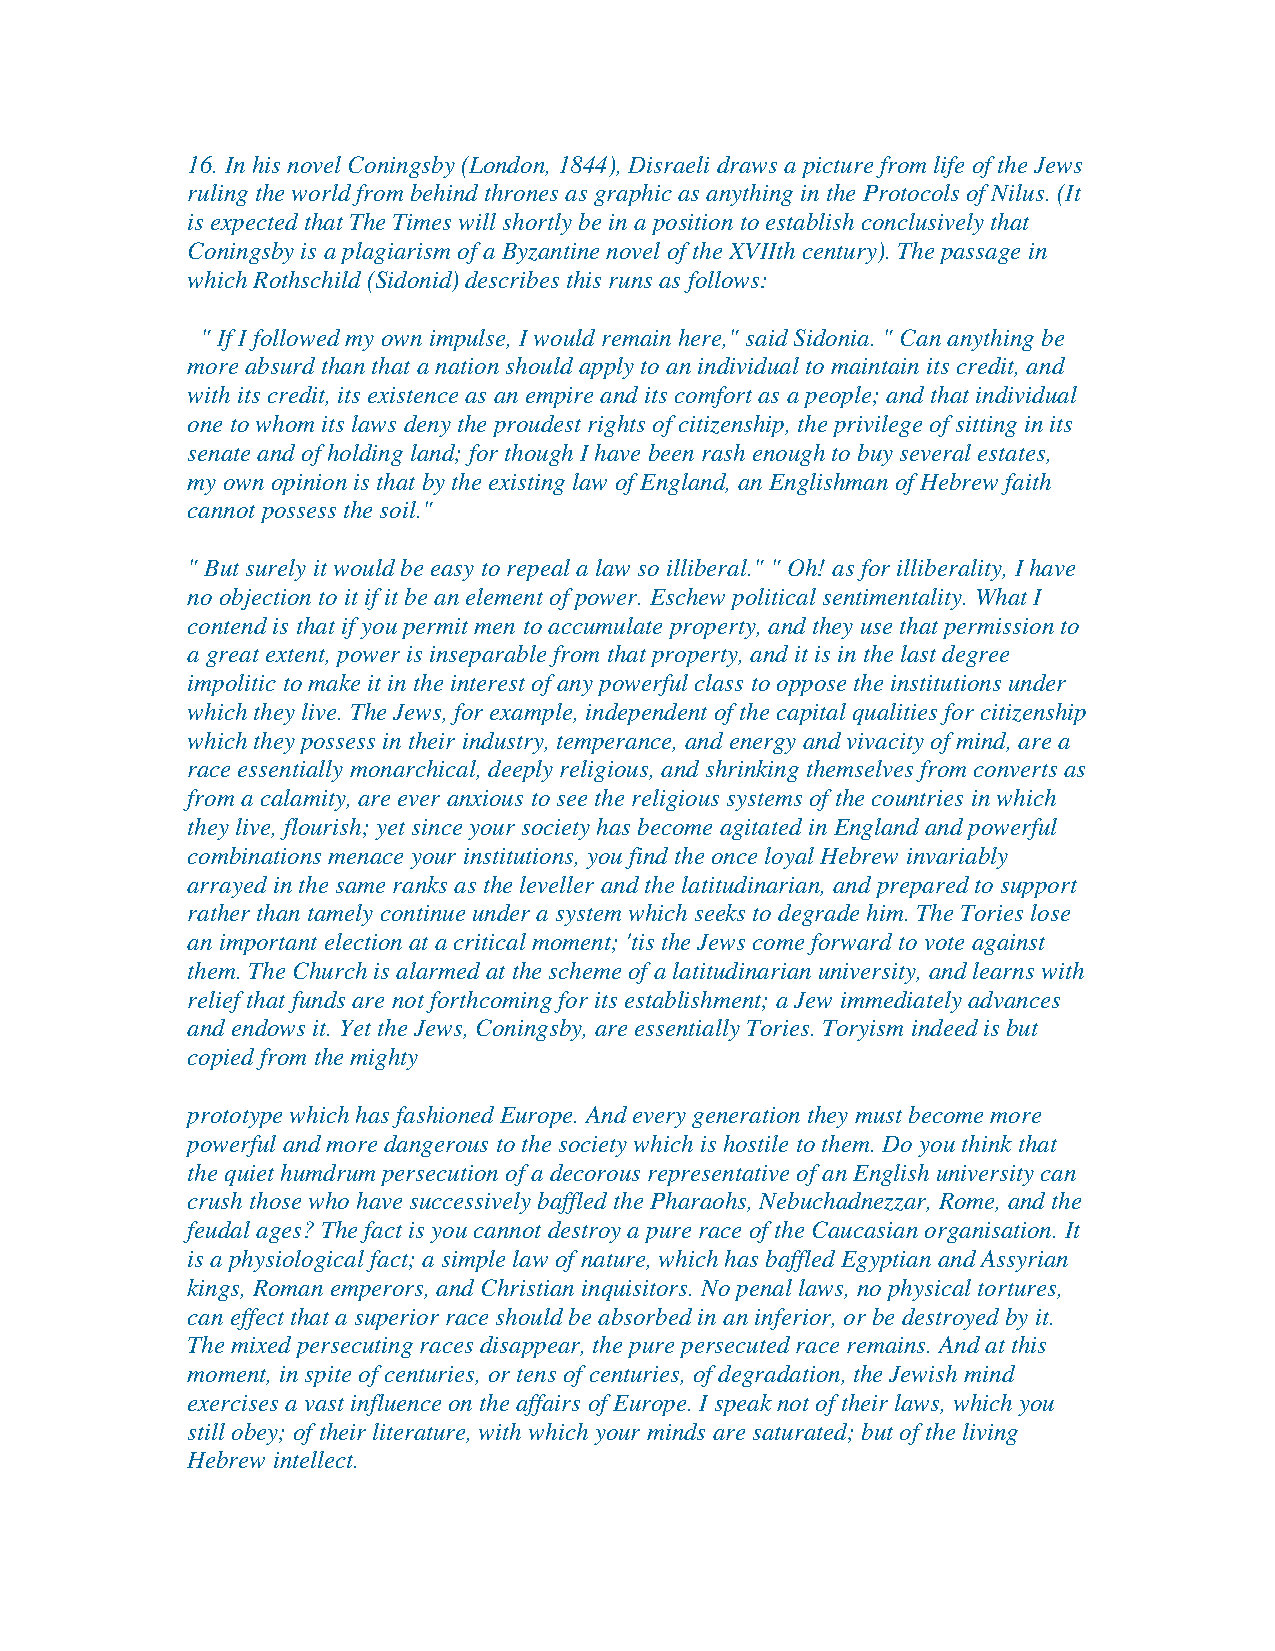
16. In his novel Coningsby (London, 1844), Disraeli draws a picture from life of the Jews
 ruling the world from behind thrones as graphic as anything in the Protocols of Nilus. (It
 is expected that The Times will shortly be in a position to establish conclusively that
 Coningsby is a plagiarism of a Byzantine novel of the XVIIth century). The passage in
 which Rothschild (Sidonid) describes this runs as follows:
 " If I followed my own impulse, I would remain here," said Sidonia. " Can anything be
 more absurd than that a nation should apply to an individual to maintain its credit, and
 with its credit, its existence as an empire and its comfort as a people; and that individual
 one to whom its laws deny the proudest rights of citizenship, the privilege of sitting in its
 senate and of holding land; for though I have been rash enough to buy several estates,
 my own opinion is that by the existing law of England, an Englishman of Hebrew faith
 cannot possess the soil."
 " But surely it would be easy to repeal a law so illiberal." " Oh! as for illiberality, I have
 no objection to it if it be an element of power. Eschew political sentimentality. What I
 contend is that if you permit men to accumulate property, and they use that permission to
 a great extent, power is inseparable from that property, and it is in the last degree
 impolitic to make it in the interest of any powerful class to oppose the institutions under
 which they live. The Jews, for example, independent of the capital qualities for citizenship
 which they possess in their industry, temperance, and energy and vivacity of mind, are a
 race essentially monarchical, deeply religious, and shrinking themselves from converts as
 from a calamity, are ever anxious to see the religious systems of the countries in which
 they live, flourish; yet since your society has become agitated in England and powerful
 combinations menace your institutions, you find the once loyal Hebrew invariably
 arrayed in the same ranks as the leveller and the latitudinarian, and prepared to support
 rather than tamely continue under a system which seeks to degrade him. The Tories lose
 an important election at a critical moment; 'tis the Jews come forward to vote against
 them. The Church is alarmed at the scheme of a latitudinarian university, and learns with
 relief that funds are not forthcoming for its establishment; a Jew immediately advances
 and endows it. Yet the Jews, Coningsby, are essentially Tories. Toryism indeed is but
 copied from the mighty
 prototype which has fashioned Europe. And every generation they must become more
 powerful and more dangerous to the society which is hostile to them. Do you think that
 the quiet humdrum persecution of a decorous representative of an English university can
 crush those who have successively baffled the Pharaohs, Nebuchadnezzar, Rome, and the
 feudal ages? The fact is you cannot destroy a pure race of the Caucasian organisation. It
 is a physiological fact; a simple law of nature, which has baffled Egyptian and Assyrian
 kings, Roman emperors, and Christian inquisitors. No penal laws, no physical tortures,
 can effect that a superior race should be absorbed in an inferior, or be destroyed by it.
 The mixed persecuting races disappear, the pure persecuted race remains. And at this
 moment, in spite of centuries, or tens of centuries, of degradation, the Jewish mind
 exercises a vast influence on the affairs of Europe. I speak not of their laws, which you
 still obey; of their literature, with which your minds are saturated; but of the living
 Hebrew intellect.